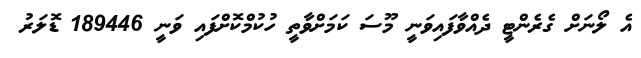
އެ ލޯނަށް ގެރެންޓީ ދެއްވާފައިވަނީ މޫސަ ކަމަށްވާތީ ހުކުމްކޮށްފައި ވަނީ 189446 ޑޮލަރު